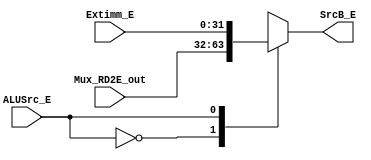
module Mux_SrcB_E2(
    input ALUSrc_E,
    input [31:0] Mux_RD2E_out,
    input [31:0] Extimm_E,
    output reg [31:0] SrcB_E
);
    always @(ALUSrc_E or Mux_RD2E_out or Extimm_E) begin
        case (ALUSrc_E)
            1'b0: SrcB_E <= Mux_RD2E_out;
            1'b1: SrcB_E <= Extimm_E;
            default: SrcB_E <= Mux_RD2E_out;
        endcase
    end
endmodule